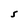
Character: s